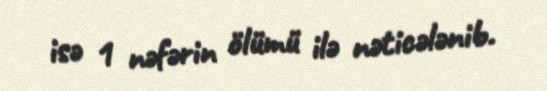
isə 1 nəfərin ölümü ilə nəticələnib.